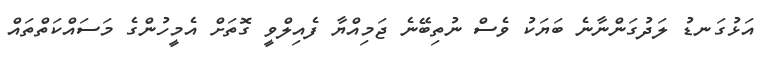
އަޅުގަނޑު ލަދުގަންނާނެ ބަޔަކު ވެސް ނުތިބޭނެ ޖަމިއްޔާ ފެއިލްވީ ގޮތަށް އެމީހުންގެ މަސައްކަތްތައް